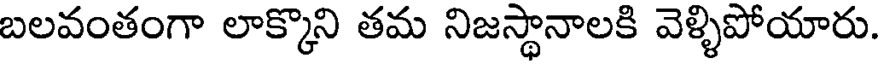
బలవంతంగా లాక్కొని తమ నిజస్థానాలకి వెళ్ళిపోయారు.